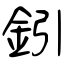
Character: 鈏